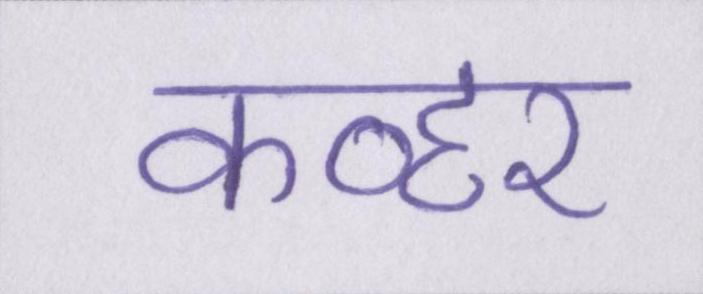
कव्हर